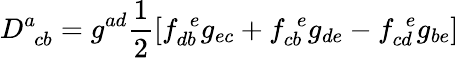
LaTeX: D_{\ \ cb}^{a}=g^{ad}\frac{1}{2}[f_{db}^{\ \ e}g_{ec}+f_{cb}^{\ \ e}g_{de}-f_{cd}^{\ \ e}g_{be}]